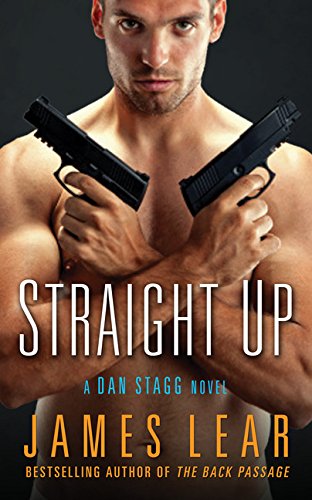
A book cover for Straight Up: A Dan Stagg Novel (Dan Stagg Mystery); James Lear; Romance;